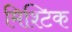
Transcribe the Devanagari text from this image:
मिश्टिक